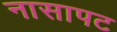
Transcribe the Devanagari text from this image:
नासापट